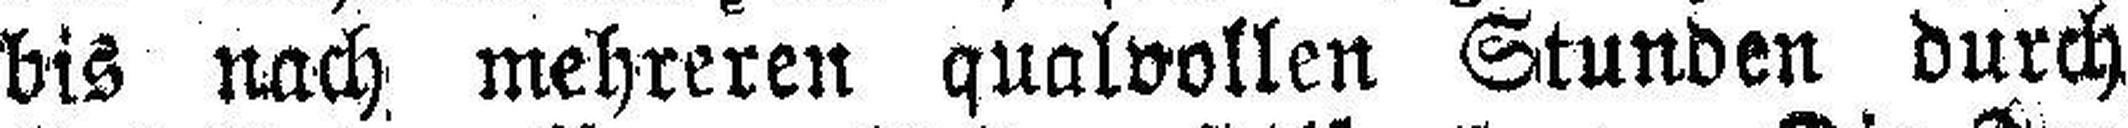
bis nach mehreren qualvollen Stunden durch